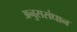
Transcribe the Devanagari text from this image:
अनुससंधान